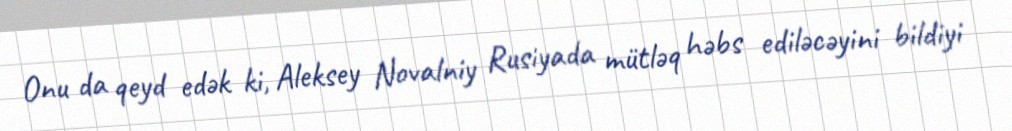
Onu da qeyd edək ki, Aleksey Novalniy Rusiyada mütləq həbs ediləcəyini bildiyi